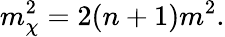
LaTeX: m_{\chi}^{2}=2(n+1)m^{2}.